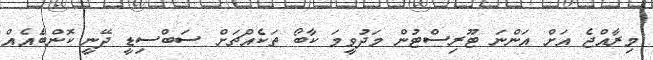
މިރާއްޖެ އަށް އަންނަ ޓޫރިސްޓުން މަދުވީމަ ކާބޯ ތަކެއްޗަށް ސަބްސިޑީ ދޭނީ ކޮންބަެއެއް